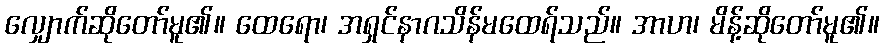
လျှောက်ဆိုတော်မူ၏။ ထေရော၊ အရှင်နာဂသိန်မထေရ်သည်။ အာဟ၊ မိန့်ဆိုတော်မူ၏။